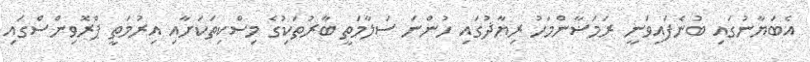
އެބަޔާނުގައި ބުނެފައިވަނީ ރަމަޟާންމަހު ރިޔާޛުގައި ހުންނަ ސަލާމަތީ ބާރުތަކުިގެ މިސްކިތަކަށާއި އިރުމަތީ ޕްރޮވިންސްގައި